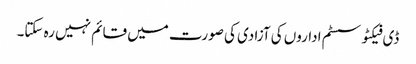
ڈی فیکٹو سسٹم اداروں کی آزادی کی صورت میں قائم نہیں رہ سکتا۔